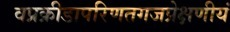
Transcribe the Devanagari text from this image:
वप्रक्रीडापरिणतगजप्रेक्षणीयं